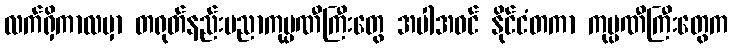
လက်ရှိကာလမှာ တရုတ်နည်းပညာကုမ္ပဏီကြီးတွေ အပါအဝင် နိုင်ငံတကာ ကုမ္ပဏီကြီးတွေက